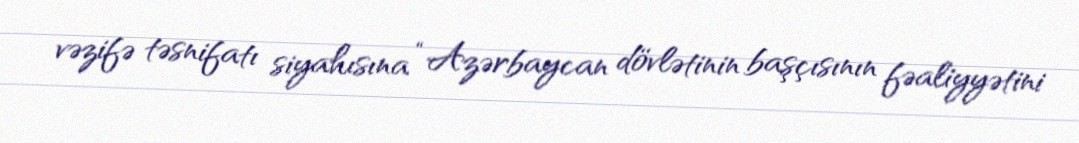
vəzifə təsnifatı siyahısına “Azərbaycan dövlətinin başçısının fəaliyyətini